Civil Veterinary Dept. Bombay admin report 1900-1906 - 1900-1906
Year: 1900
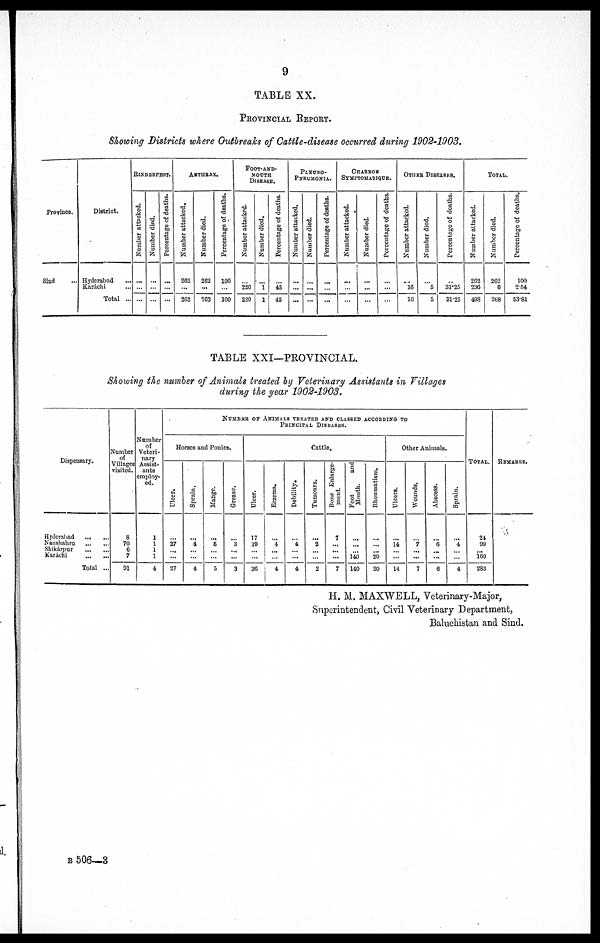
9
TABLE XX.
PROVINCIAL REPORT.
Showing Districts where Outbreaks of Cattle-disease occurred during 1902-1903.
Province.
Sind …
District.
Hyderabad …
Karáchi …
Total ...
RlNDERPEST.
Number attacked.
…
…
...
Number died.
…
…
...
Percentage of deaths.
…
…
...
ANTHRAX.
Number attacked.
262
…
262
Number died.
262
...
263
Percentage of deaths.
100
100
FOOT-AND-
MOUTH
DISEASE.
Number attacked.
…
220
220
Number died.
…
1
1
Percentage of deaths.
…
45
45
PLEURO-
PNEUMONIA.
Number attacked.
…
...
...
Number died.
…
...
...
Percentage of deaths.
…
…
...
CHARBON
SYMITONATIQUE.
Number attacked.
…
…
…
Number died.
…
…
…
Percentage of deaths.
…
...
…
OTHER DISEASES.
Number attacked.
…
16
10
Number died.
…
5
5
Percentage of deaths.
…
31.25
31.25
TOTAL.
Number attacked.
202
236
498
Number died.
202
6
268
Percentage of deaths.
100
2.54
53.81
TABLE XXI—PROVINCIAL.
Showing the number of Animals treated by Veterinary Assistants in Villages
during the year 1902-1903.
Dispensary.
Hyderabad … …
Naushahro … …
Shikárpur … …
Karáchi … …
Total ...
Number
of
Villages
visited.
8
70
6
7
91
Number
of
Veteri-
nary
Assist-
ants
employ-
ed.
1
1
1
1
4
NUMBER OF ANIMALS TREATED AND CLASSED ACCORDING TO
PRINCIPAL
DISEASES.
Horses and Ponies.
Ulcer.
27
…
…
27
Sprain.
4
…
...
4
Mange.
6
…
…
5
Grease.
3
...
...
3
Cattle.
Ulcer.
17
10
…
...
30
Eczema.
4
…
…
4
Debility.
4
…
...
4
Tumours.
2
…
…
2
Bone Enlarge-
ment.
7
...
...
...
7
Foot
and
Mouth.
...
...
140
140
Rheumatism.
...
...
20
20
Other Animals.
Ulcers.
14
…
...
14
Wounds.
7
… …
...
7
Abscess.
6
…
...
6
Sprain.
4
...
…
4
Total.
24
09
...
100
283
Remarks.
H. M. MAXWELL, Veterinary-Major,
Superintendent, Civil Veterinary Department,
Baluchistan and Sind.
B 506—3